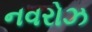
નવરોઝ